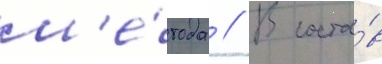
м'е́тода // В соста́в